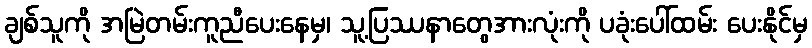
ချစ်သူကို အမြဲတမ်းကူညီပေးနေမှ၊ သူ့ပြဿနာတွေအားလုံးကို ပခုံးပေါ်ထမ်း ပေးနိုင်မှ